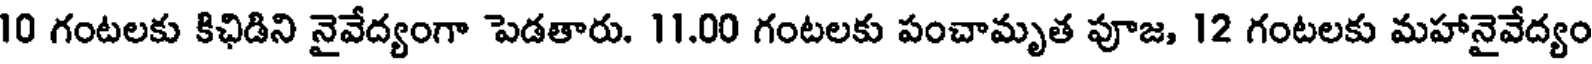
10 గంటలకు కిఛిడిని నైవేద్యంగా పెడతారు. 11.00 గంటలకు పంచామృత పూజ, 12 గంటలకు మహానైవేద్యం